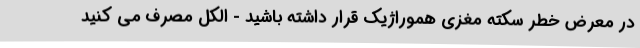
در معرض خطر سکته مغزی هموراژیک قرار داشته باشید - الکل مصرف می کنید